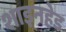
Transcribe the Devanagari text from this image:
शाइनहेड